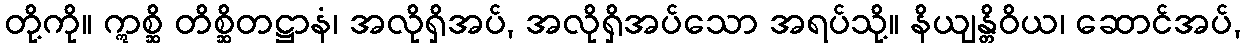
တို့ကို။ ဣစ္ဆိ တိစ္ဆိတဋ္ဌာနံ၊ အလိုရှိအပ်, အလိုရှိအပ်သော အရပ်သို့။ နိယျန္တိဝိယ၊ ဆောင်အပ်,